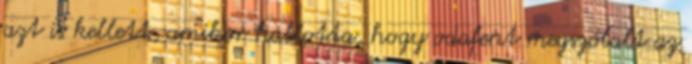
azt is kellett, amikor hallotta, hogy odafent megszólalt az